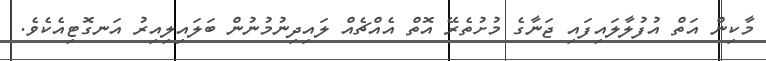
މާކިން އަތް އުފުލާލައިފައި ޖަނާގެ މުށުތެރޭ އޮތް އެއްޗެއް ލައިދިނުމުނުން ބަލައިލިއިރު އަނގޮޓިއެކެވެ.